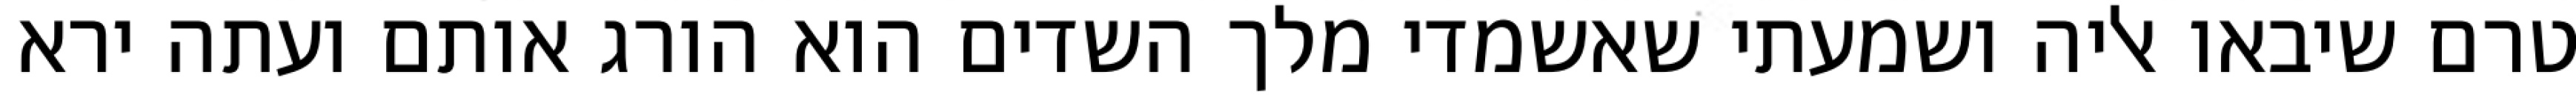
טרם שיבאו אליה ושמעתי שאשמדי מלך השדים הוא הורג אותם ועתה ירא